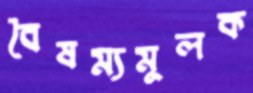
বৈষম্যমূলক